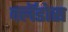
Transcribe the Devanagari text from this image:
क्लॅडोस